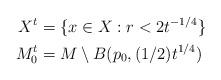
LaTeX: \begin{align*}X^t &= \{ x \in X : r < 2 t^{-1/4} \}\\M_0^t &= M \setminus B(p_0, (1/2) t^{1/4})\end{align*}